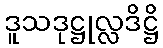
ဒူသဒုဋ္ဌုလ္လဒိဋ္ဌိ